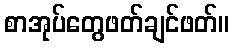
စာအုပ်တွေဖတ်ချင်ဖတ်။